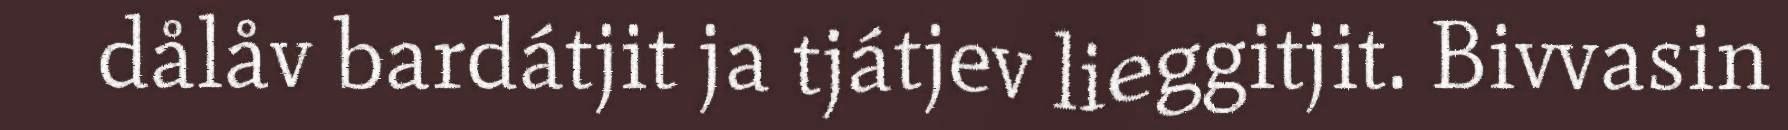
dålåv bardátjit ja tjátjev lieggitjit. Bivvasin